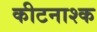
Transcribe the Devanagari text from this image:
कीटनाश्क